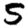
Digit: 5